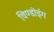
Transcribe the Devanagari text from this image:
विण्डोइंग